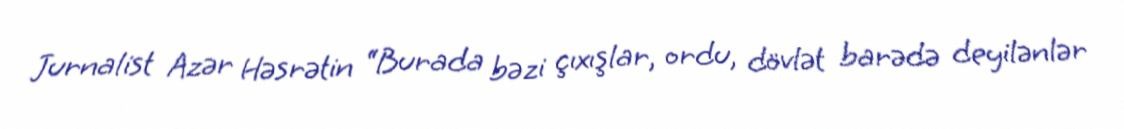
Jurnalist Azər Həsrətin “Burada bəzi çıxışlar, ordu, dövlət barədə deyilənlər